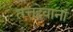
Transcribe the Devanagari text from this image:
तत्तद्देवानां